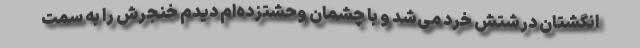
انگشتان درشتش خرد می‌شد و با چشمان وحشتزده‌ام دیدم خنجرش را به سمت